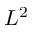
L ^ { 2 }